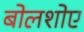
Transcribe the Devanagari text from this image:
बोलशोए